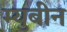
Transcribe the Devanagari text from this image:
म्युबीन